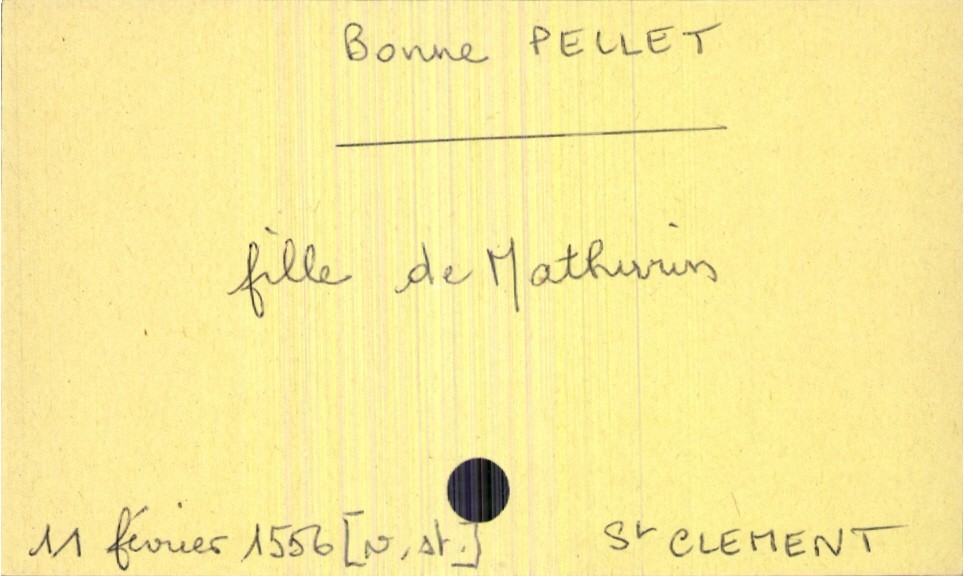
type_acte: Baptême
observations: date précisée en nouveau style
filiation: fille
enfant_prénom: Bonne
enfant_date_de_naissance: 11 février 1556
enfant_lieu_de_naissance: Saint Clément
père_enfant_nom: Pellet
père_enfant_prénom: Mathurin